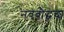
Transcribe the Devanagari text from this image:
नवबौद्धचा